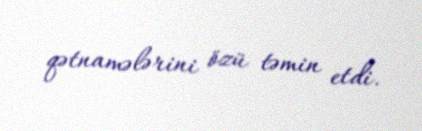
qətnamələrini özü təmin etdi.